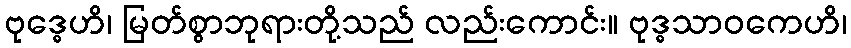
ဗုဒ္ဓေဟိ၊ မြတ်စွာဘုရားတို့သည် လည်းကောင်း။ ဗုဒ္ဓသာဝကေဟိ၊